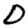
Digit: 0